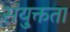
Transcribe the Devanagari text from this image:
संयु्क्तता